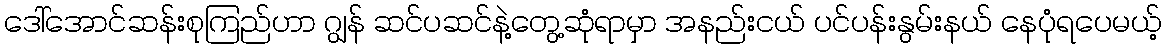
ဒေါ်အောင်ဆန်းစုကြည်ဟာ ဂျွန် ဆင်ပဆင်နဲ့တွေ့ဆုံရာမှာ အနည်းငယ် ပင်ပန်းနွမ်းနယ် နေပုံရပေမယ့်